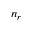
n _ { r }